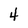
Character: 4